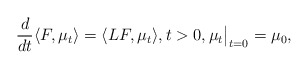
\begin{align*} \frac{d}{d t} \langle F, \mu_t\rangle = \langle LF, \mu_t\rangle, t>0, \mu_t\bigr|_{t=0}=\mu_0,\end{align*}